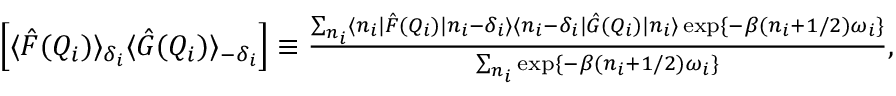
\begin{array} { r } { \Big [ \langle \hat { F } ( Q _ { i } ) \rangle _ { \delta _ { i } } \langle \hat { G } ( Q _ { i } ) \rangle _ { - \delta _ { i } } \Big ] \equiv \frac { \sum _ { n _ { i } } \langle n _ { i } | \hat { F } ( Q _ { i } ) | n _ { i } - \delta _ { i } \rangle \langle n _ { i } - \delta _ { i } | \hat { G } ( Q _ { i } ) | n _ { i } \rangle \exp \{ - \beta ( n _ { i } + 1 / 2 ) \omega _ { i } \} } { \sum _ { n _ { i } } \exp \{ - \beta ( n _ { i } + 1 / 2 ) \omega _ { i } \} } , } \end{array}